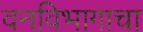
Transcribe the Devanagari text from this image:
वनविभागाचा